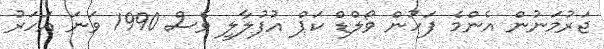
ޖަރުމަނުން އެންމެ ފަހުން ވޯލްޑް ކަޕް އުފުލާލީ ވެސް 1990 ވަނަ އަހަރު